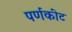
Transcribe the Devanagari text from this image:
पर्णकीट